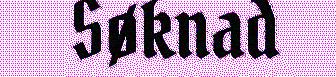
Søknad